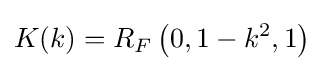
K(k)=R_{F}\left(0,1-k^{2},1\right)